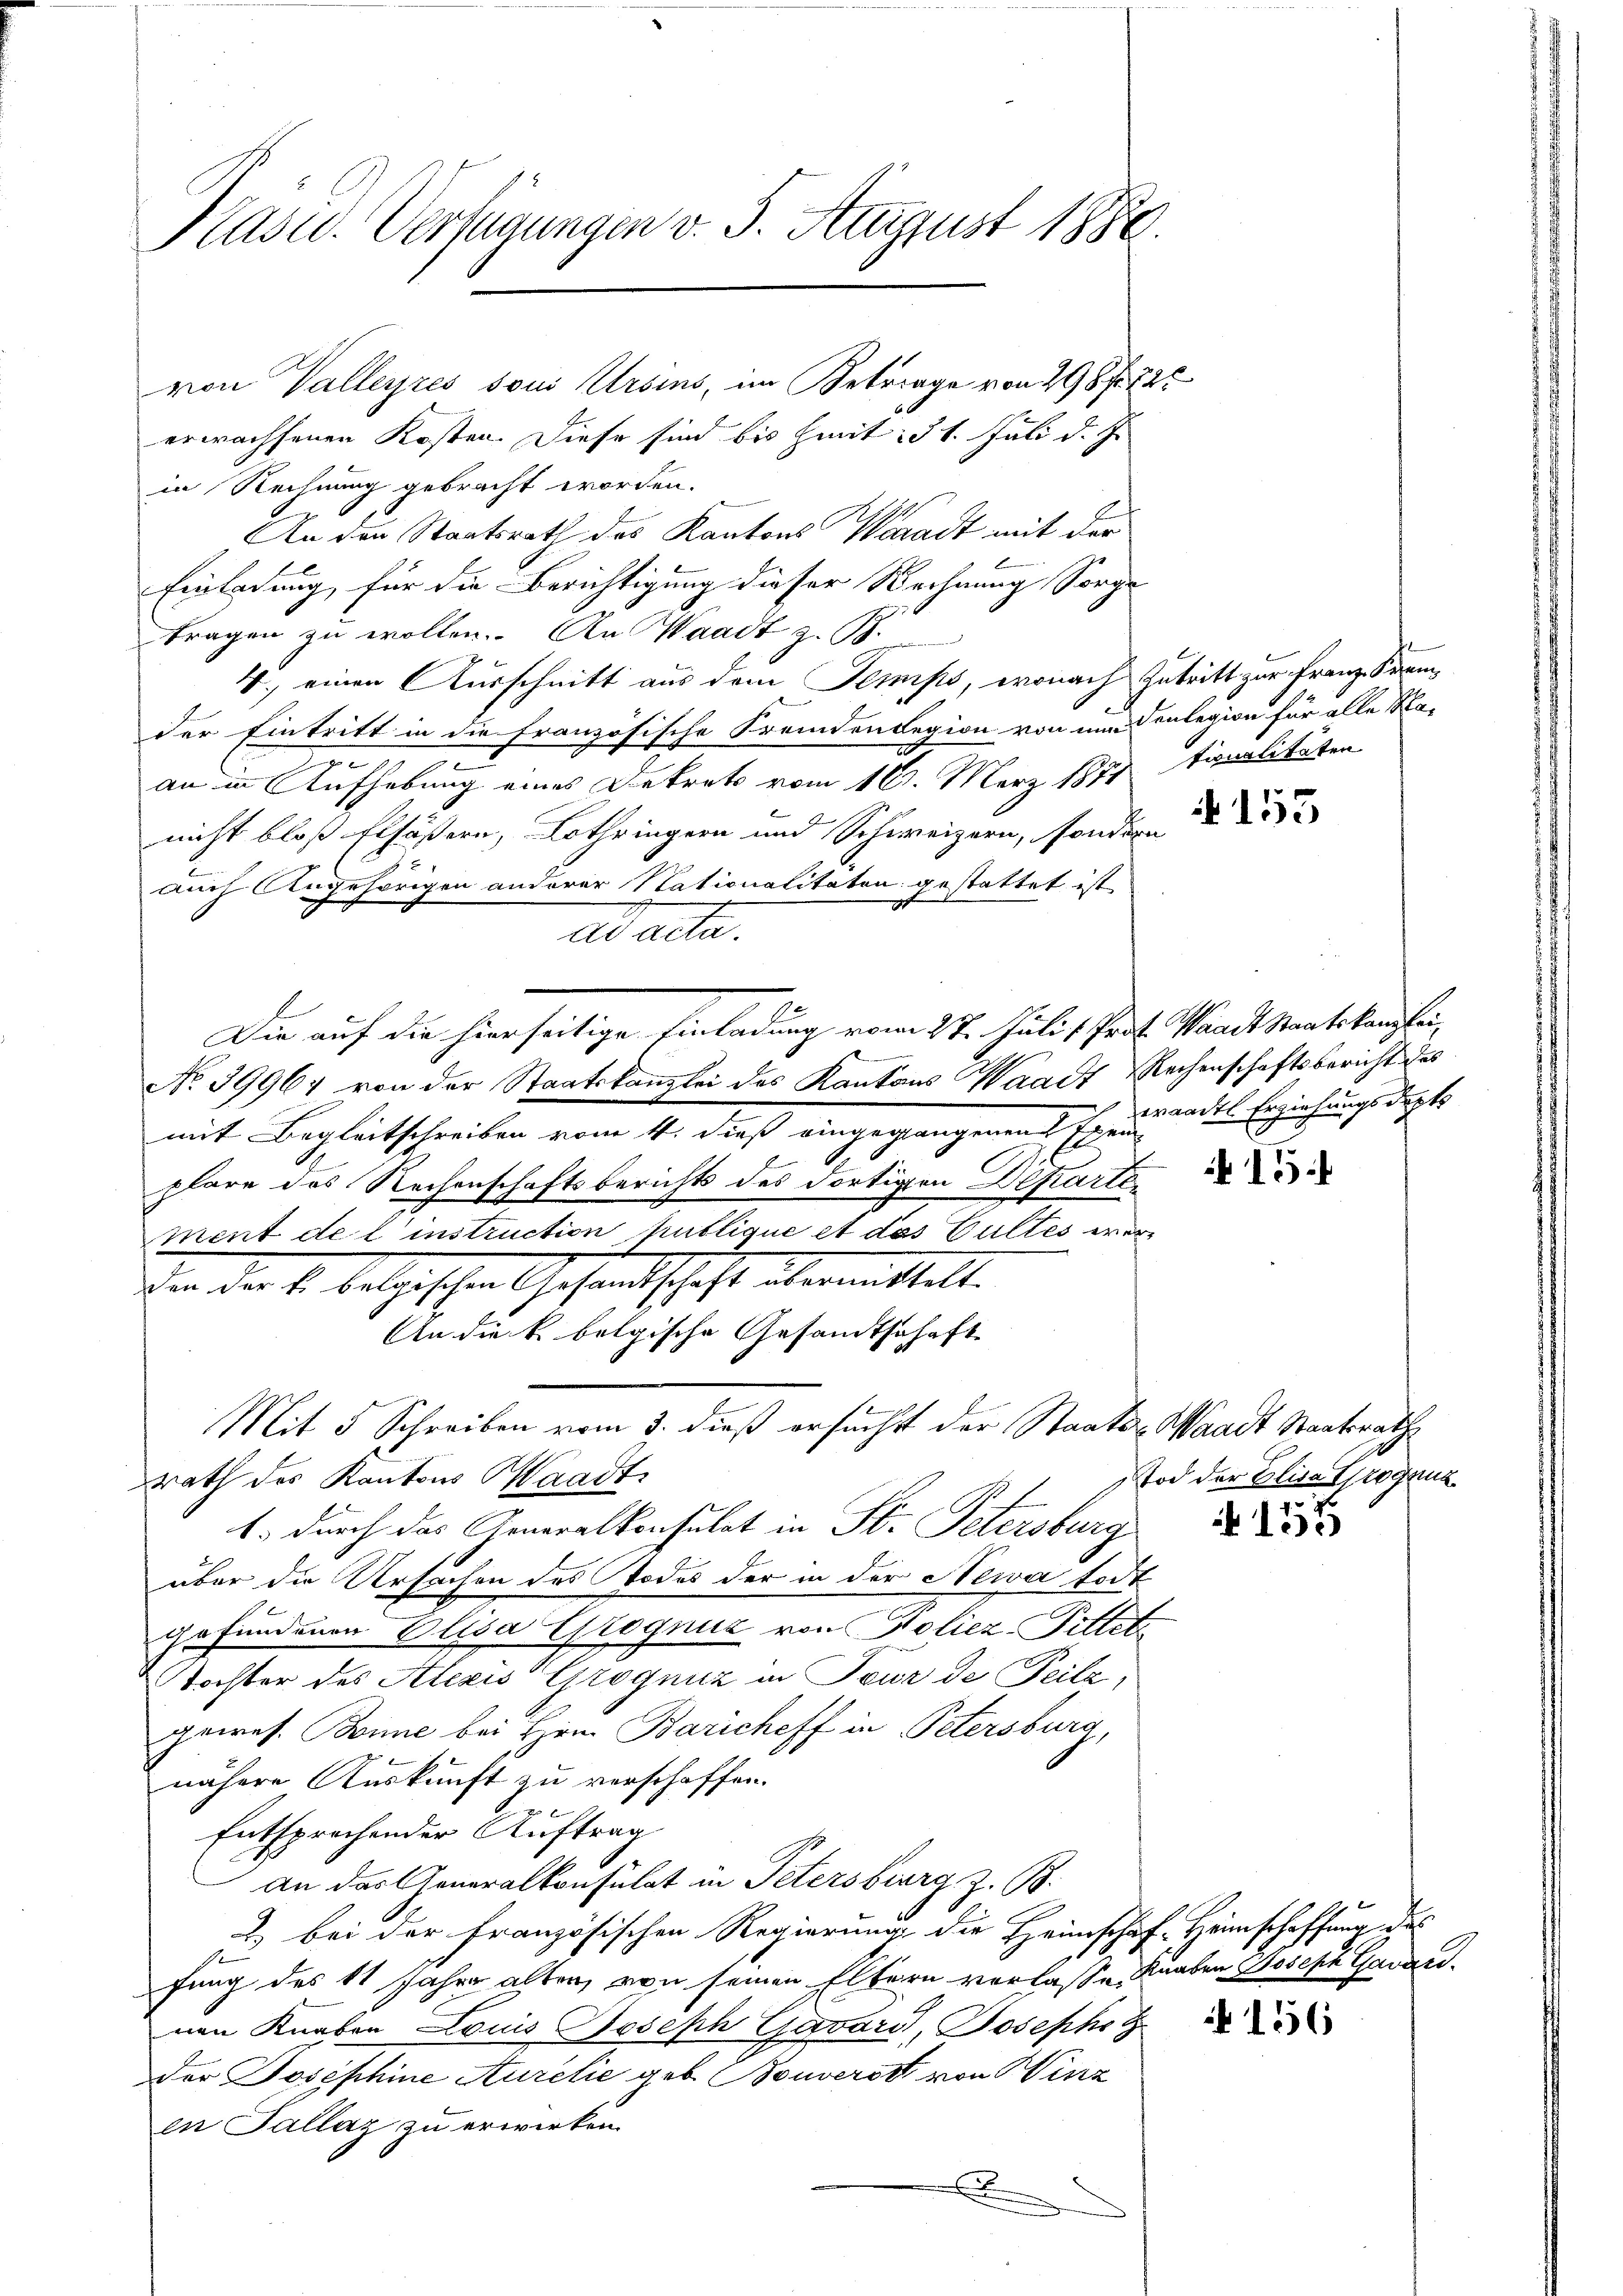
Pasud. Verfügungen v. 5. August 1888.

erwachsenen Kosten. Diese sind bis heit: 31. Juli d. J.
in Rechnung gebracht worden.
An den Staatsrath des Kantons Waradt mit der
Einladung, für die Berichtigung dieser Rechnung Sorge
tragen zu wollen. An Waadt z. B.
4.) einen Ausschnitt aus dem Semips, wonach Zutritt zur Franz Stemder Eintritt in die Französische Fremden Region von um Senlegion für alle Hap
an in Aufhebung eines Dekrets vom 16. März 1871 tirnalitäten
nicht bloß Elsässern, Lothringern und Schweizern, sondern
auch Angehörigen anderer Nationalitäten gestattet ist
Aacte.
Die auf die hierseitige Einladung vom 27. Juli 1 Prof. Waadt Staatskanzlei,
ewere
No 39964 von der Staatskanzlei des Kantons Waadt Rechenschaftsbericht des
mit Begleitschreiben vom 11. dieß. Ich wandes Erziehungsdeste
plare das Rechenschaftsberichts des dortigen Departe
ment de l’instruction publique et das Gultes wer¬
Den der S. belgischen Gesandtschaft übermittelt.
An die k. belgische Gesandtschaft
Mit 5 Schreiben vom 3. dieß ersucht der Staats-, Waadt Staatsrathe
rath des Kantons Waadt
1. durch das Generalkonsulat in St. Petersburg
über die Ursachen des Todes der in der Newa todt
gefundenen Elisa Grognuz von Poliez-Pittete
Tochter des Alexis Grogniz in Tour de Teilz,
gewes. Boime bei Hrn. Baricheff in Petersburg,
nähere Auskunft zu verschaffen.
Entsprechender Auftrag
an das Generalkonsulat in Petersburg z. B.
) bei der Französischen Regierung die Heimschaft Heimschaffung des
fung des 11 Jahre alten, von seinen Eltern verlasse, Knaben Joseph Garannen Knaben Louis Joseph Gavari, Joseph
der Josephine Aurelie geb. Bouverst von Winz
en Tallaz zu erwirken.
.

von Valleyres soui Ursins, im Betrage von 298 f. 72

N 155

15:

Tod der Elisa tragung

A 155

156